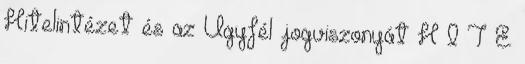
Hitelintézet és az Ügyfél jogviszonyát H I T E